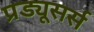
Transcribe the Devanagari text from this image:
प्रड्यूसर्स